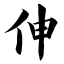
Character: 伸